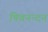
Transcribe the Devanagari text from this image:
षिवनन्दन